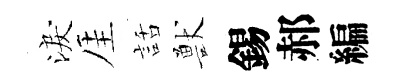
淚厓話獸錫郝編